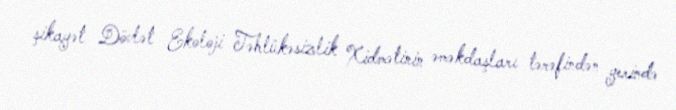
şikayət Dövlət Ekoloji Təhlükəsizlik Xidmətinin əməkdaşları tərəfindən yerində